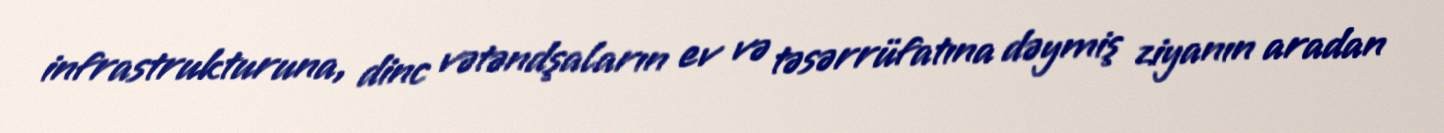
infra­struk­turuna, dinc vətəndşaların ev və təsərrüfatına dəymiş ziyanın aradan